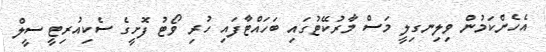
އެހެންކަމުން ވިލިނގިލީ މަސް މާރުކޭޓުގައި ބަހައްޓާފައި ހުރި ވޯޓު ފޮށީގެ ސެކިއުރިޓީ ސީލް